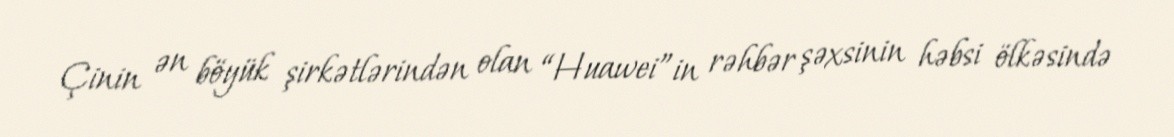
Çinin ən böyük şirkətlərindən olan “Huawei”in rəhbər şəxsinin həbsi ölkəsində